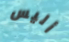
أليس